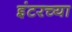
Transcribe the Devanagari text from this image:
इंटरच्या